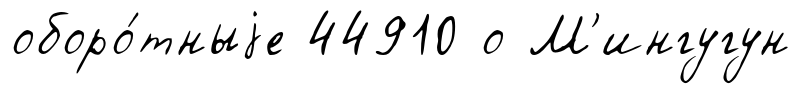
оборо́тныjе 44910 о М'ингугун